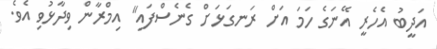
އަދީބު އެހެރީ އޭނަގެ ހަމަ އަށް ރަނގަޅަށް ގެނެސްފައި" އިމްރާން ވިދާޅުވި އެވެ.